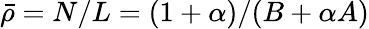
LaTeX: \bar{\rho}=N/L=(1+\alpha)/(B+\alpha A)